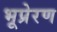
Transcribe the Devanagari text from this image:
भूप्रेरण